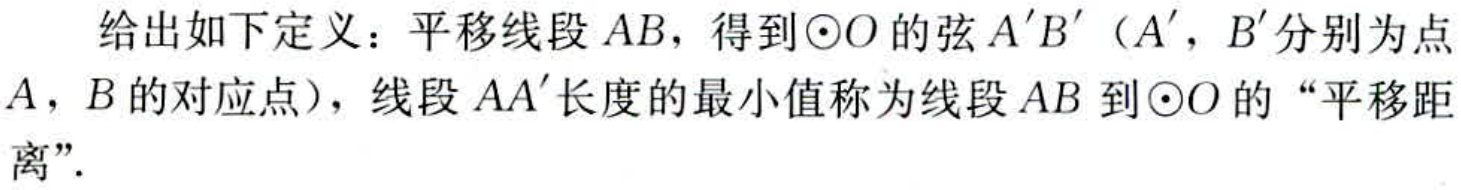
给出如下定义：平移线段 \(AB\)，得到\(\odot O\)的弦 \(A'B'\)（\(A'\)，\(B'\)分别为点 \(A\)，\(B\)的对应点），线段 \(AA'\)长度的最小值称为线段 \(AB\)到\(\odot O\)的“平移距离”.